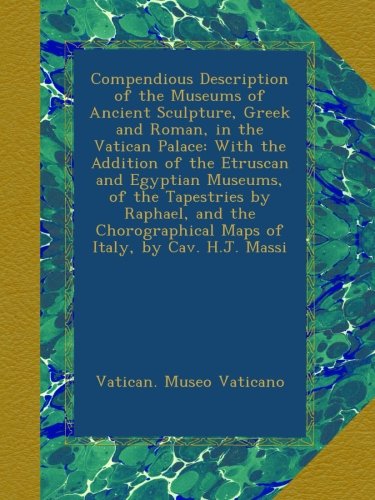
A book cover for Compendious Description of the Museums of Ancient Sculpture, Greek and Roman, in the Vatican Palace: With the Addition of the Etruscan and Egyptian ... Maps of Italy, by Cav. H.J. Massi; Vatican. Museo Vaticano; Travel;